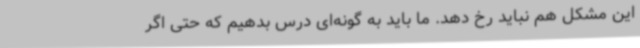
این مشکل هم نباید رخ دهد. ما باید به گونه‌ای درس بدهیم که حتی اگر